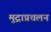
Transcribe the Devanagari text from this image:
मुद्राप्रचलन